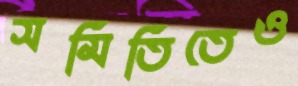
সমিতিতেও